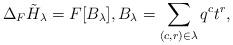
LaTeX: \begin{align*}\Delta_{F} \tilde H_{\lambda} = F[B_\lambda],B_\lambda = \sum_{(c,r)\in\lambda} q^c t^r,\end{align*}